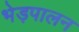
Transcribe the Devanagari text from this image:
भेड़पालन